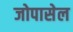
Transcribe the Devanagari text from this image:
जोपासेल